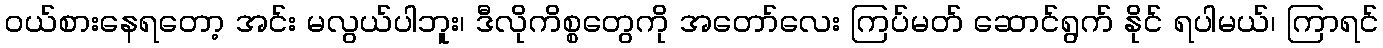
ဝယ်စားနေရတော့ အင်း မလွယ်ပါဘူး၊ ဒီလိုကိစ္စတွေကို အတော်လေး ကြပ်မတ် ဆောင်ရွက် နိုင် ရပါမယ်၊ ကြာရင်